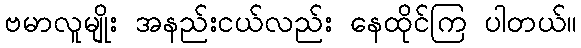
ဗမာလူမျိုး အနည်းငယ်လည်း နေထိုင်ကြ ပါတယ်။